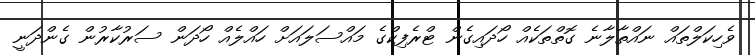
ވެހިކަލްތައް ނައްތާލާނެ ގޮތްތަކެއް ހޯދައިގެން ޓްރެފިކްގެ މައްސަލައަށް ހައްލެއް ހޯދަން ސަރުކާރުން ގެންދަނީ